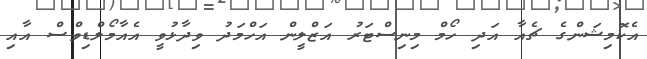
އެކޮމިޝަންގެ ޗެއާ އަދި ހޯމް މިނިސްޓަރު އަޒްލީން އަހްމަދު ވިދާޅުވީ އެއާމޯލްޑިވްސް އާއި